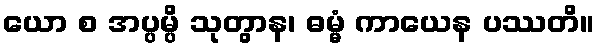
ယော စ အပ္ပမ္ပိ သုတွာန၊ ဓမ္မံ ကာယေန ပဿတိ။